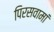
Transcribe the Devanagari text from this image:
पिरसवामां